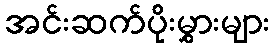
အင်းဆက်ပိုးမွှားများ